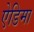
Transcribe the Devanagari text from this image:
ऐडिमा